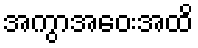
အကွာအဝေးအထိ